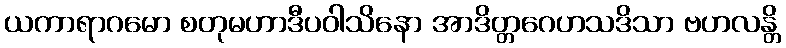
ယကာရာဂမော စတုမဟာဒီပဝါသိနော အာဒိတ္တဂေဟသဒိသာ ဗဟလန္တိ